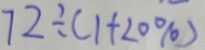
7 2 \div ( 1 + 2 0 \% )